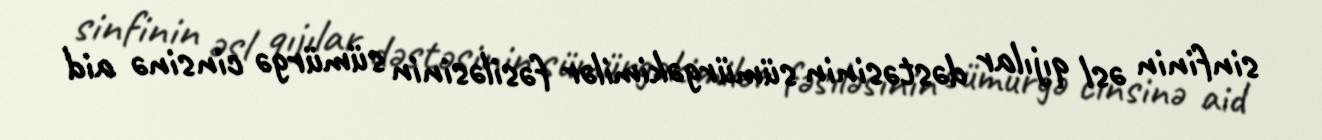
sinfinin əsl qıjılar dəstəsinin sümürgəkimilər fəsiləsinin sümürgə cinsinə aid